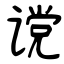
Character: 谠